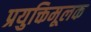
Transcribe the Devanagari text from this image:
प्रयुक्तिमूलक